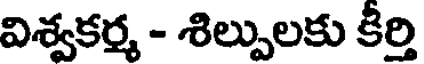
విశ్వకర్మ - శిల్పులకు కీర్తి